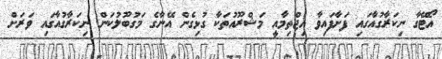
އޯޓޭގާ ނިކަރާގުއާގައި ފަށާފައިވާ އިޖްތިމާއީ މަޝްރޫއުތަކާ ގުޅިގެން އޭނާގެ މަގުބޫލުކަން ނިކަރާގުއާގައި ވަރަށް